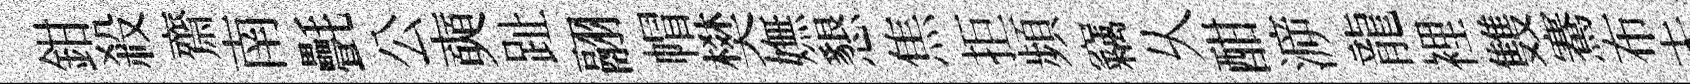
鉗殺齋南㲲公奭趾翮帽樊嫵懇焦拒頻竊乆酣㴑龍裡䨇騫布未